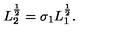
L _ { 2 } ^ { \frac { 1 } { 2 } } = \sigma _ { 1 } L _ { 1 } ^ { \frac { 1 } { 2 } } .